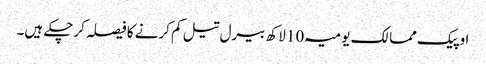
اوپیک ممالک یومیہ 10 لاکھ بیرل تیل کم کرنے کا فیصلہ کرچکے ہیں۔